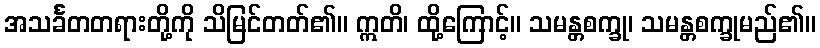
အသင်္ခတတရားတို့ကို သိမြင်တတ်၏။ ဣတိ၊ ထို့ကြောင့်။ သမန္တစက္ခု၊ သမန္တစက္ခုမည်၏။